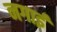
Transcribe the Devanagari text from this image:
नगाई